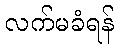
လက်မခံရန်